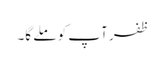
ظفر آپ کو ملے گا۔